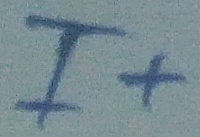
Text: I+